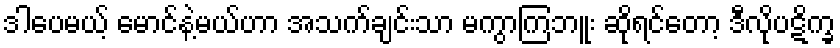
ဒါပေမယ့် မောင်နဲ့မယ်ဟာ အသက်ချင်းသာ မကွာကြဘူး ဆိုရင်တော့ ဒီလိုပဋိက္ခ